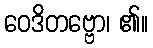
ဝေဒိတဗ္ဗော၊ ၏။